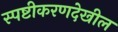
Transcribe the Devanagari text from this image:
स्पष्टीकरणदेखील